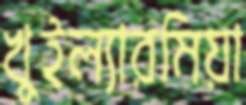
খুইল্যারমিয়া